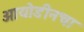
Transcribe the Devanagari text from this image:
आयोडीनचा